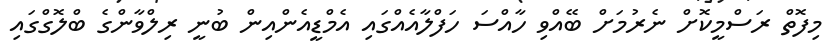
މިފޮތް ރަސްމީކޮށް ނެރުމަށް ބޭއްވި ހާއްސަ ހަފްލާއެއްގައި އެމްޑީއެންއިން ބުނީ ރިލްވާންގެ ބްލޮގްގައި